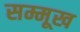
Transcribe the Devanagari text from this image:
सम्मूख